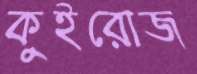
কুইরোজ